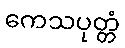
ကေသပုတ္တံ